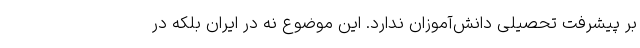
بر پیشرفت تحصیلی دانش‌آموزان ندارد. این موضوع نه در ایران بلکه در